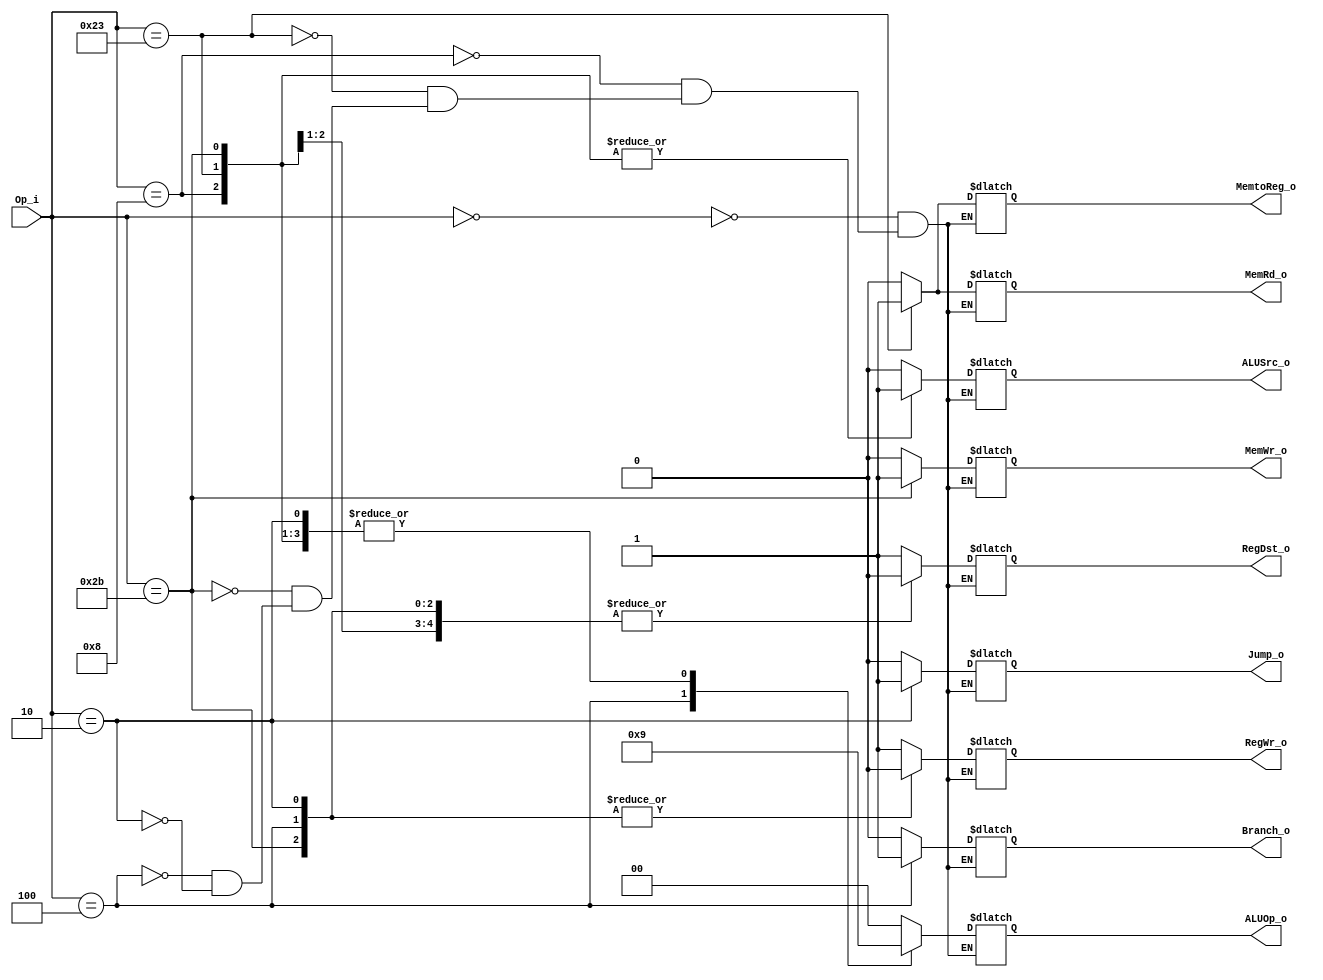
module Control
(
	Op_i,
    ALUSrc_o,
	ALUOp_o,
	RegDst_o,
	MemWr_o,
	MemRd_o,
	MemtoReg_o,
	RegWr_o,
	Branch_o,
	Jump_o
);

input	[5:0]	Op_i;
output	reg ALUSrc_o, RegDst_o, MemWr_o, MemRd_o, MemtoReg_o, RegWr_o, Branch_o, Jump_o;
output	reg [1:0]	ALUOp_o;

always @(*) 
	begin
	case(Op_i)
	6'b000000:begin //add, sub, mult, and, or (R-types)
		RegDst_o = 1'b1;
		ALUSrc_o = 1'b0;
		MemtoReg_o = 1'b0;
		RegWr_o = 1'b1;
		MemWr_o = 1'b0;
		MemRd_o = 1'b0;
		Branch_o = 1'b0;
		Jump_o = 1'b0;
		ALUOp_o = 2'b00;	//R-tyoe
		end
	6'b001000:begin //addi
		RegDst_o = 1'b0;
		ALUSrc_o = 1'b1;
		MemtoReg_o = 1'b0;
		RegWr_o = 1'b1;
		MemWr_o = 1'b0;
		MemRd_o = 1'b0;
		Branch_o = 1'b0;
		Jump_o = 1'b0;
		ALUOp_o = 2'b01;	// add
		end
	6'b100011:begin //lw
		RegDst_o = 1'b0;
		ALUSrc_o = 1'b1;
		MemtoReg_o = 1'b1;
		RegWr_o = 1'b1;
		MemWr_o = 1'b0;
		MemRd_o = 1'b1;
		Branch_o = 1'b0;
		Jump_o = 1'b0;
		ALUOp_o = 2'b01;
	end
	6'b101011:begin //sw
		RegDst_o = 1'b0; // x
		ALUSrc_o = 1'b1;
		MemtoReg_o = 1'b0; // x
		RegWr_o = 1'b0;
		MemWr_o = 1'b1;
		MemRd_o = 1'b0;
		Branch_o = 1'b0;
		Jump_o = 1'b0;
		ALUOp_o = 2'b01;
	end
	6'b000100:begin //beq
		RegDst_o = 1'b0; // x
		ALUSrc_o = 1'b0;
		MemtoReg_o = 1'b0; // x
		RegWr_o = 1'b0;
		MemWr_o = 1'b0;
		MemRd_o = 1'b0;
		Branch_o = 1'b1;
		Jump_o = 1'b0;
		ALUOp_o = 2'b10;	// subtract
	end
	6'b000010:begin //jump
		RegDst_o = 1'b0; // x
		ALUSrc_o = 1'b0; // x
		MemtoReg_o = 1'b0; // x
		RegWr_o = 1'b0;
		MemWr_o = 1'b0;
		MemRd_o = 1'b0;
		Branch_o = 1'b0;
		Jump_o = 1'b1;
		ALUOp_o = 2'b01;	// x
	end
	endcase
end
endmodule